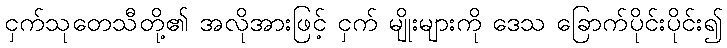
ငှက်သုတေသီတို့၏ အလိုအားဖြင့် ငှက် မျိုးများကို ဒေသ ခြောက်ပိုင်းပိုင်း၍